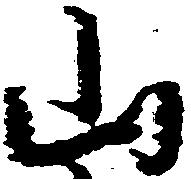
山